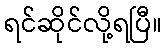
ရင်ဆိုင်လို့ရပြီ။